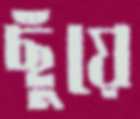
ছুঁয়ে